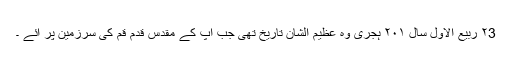
۲3 ربیع الاول سال ۲۰۱ ہجری وہ عظیم الشان تاریخ تھی جب آپ کے مقدس قدم قم کی سرزمین پر آئے ۔